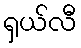
ရှယ်လီ